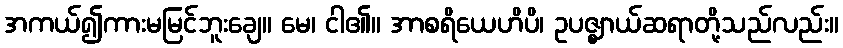
အကယ်၍ကားမမြင်ဘူးချေ။ မေ၊ ငါ၏။ အာစရိယေဟိပိ၊ ဥပဇ္ဈာယ်ဆရာတို့သည်လည်း။